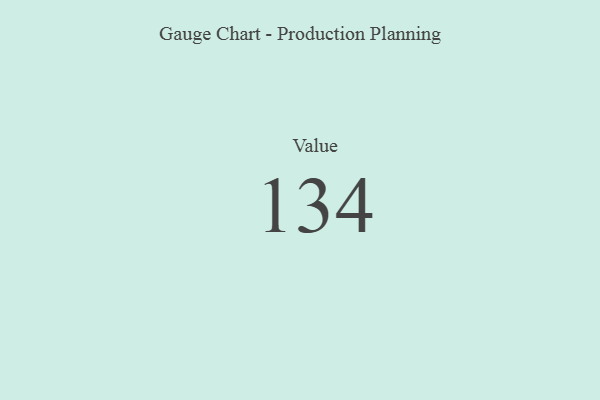
{"axis": {"x": "Metric", "y": "Value"}, "legend": [""], "data": [{"x": "Value", "y": 134, "type": ""}]}